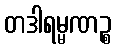
တဒါရမ္မဏဉ္စ